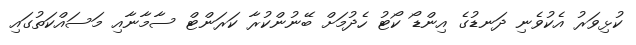
ކުޅިވަރު އެކުވެނި ދަނޑުގެ އިންޑޯ ކޯޓު ހެދުމަށް ބޭނުންކުރާ ކަރަންޓް ސާމާނާއި މަސައްކަތުގައި